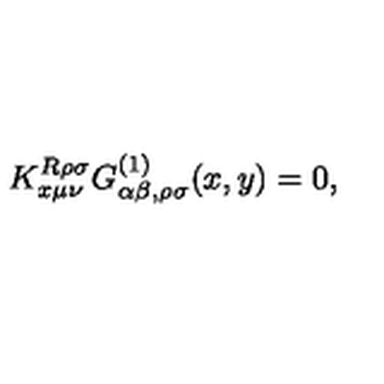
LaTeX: K _ { x \mu \nu } ^ { R \rho \sigma } G _ { \alpha \beta , \rho \sigma } ^ { ( 1 ) } ( x , y ) = 0 ,